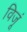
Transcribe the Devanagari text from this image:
विजूं